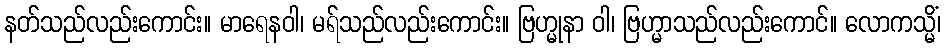
နတ်သည်လည်းကောင်း။ မာရေနဝါ၊ မရ်သည်လည်းကောင်း။ ဗြဟ္မုနာ ဝါ၊ ဗြဟ္မာသည်လည်းကောင်။ လောကသ္မိံ၊